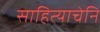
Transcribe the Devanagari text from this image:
साहित्याचेनि